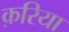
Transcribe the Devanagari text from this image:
क़रिया